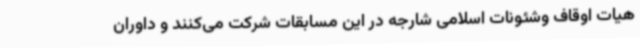
هیات اوقاف وشئونات اسلامی شارجه در این مسابقات شرکت می‌کنند و داوران